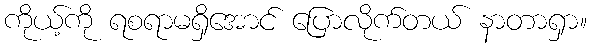
ကိုယ့်ကို ရစရာမရှိအောင် ပြောလိုက်တယ် နာတာရှာ။